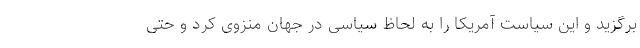
برگزید و این سیاست آمریکا را به لحاظ سیاسی در جهان منزوی کرد و حتی